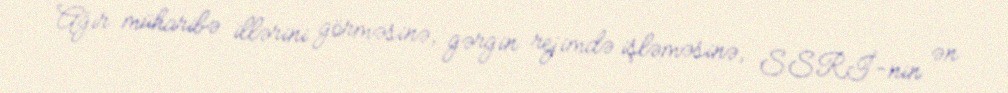
Ağır müharibə illərini görməsinə, gərgin rejimdə işləməsinə, SSRİ-nin ən